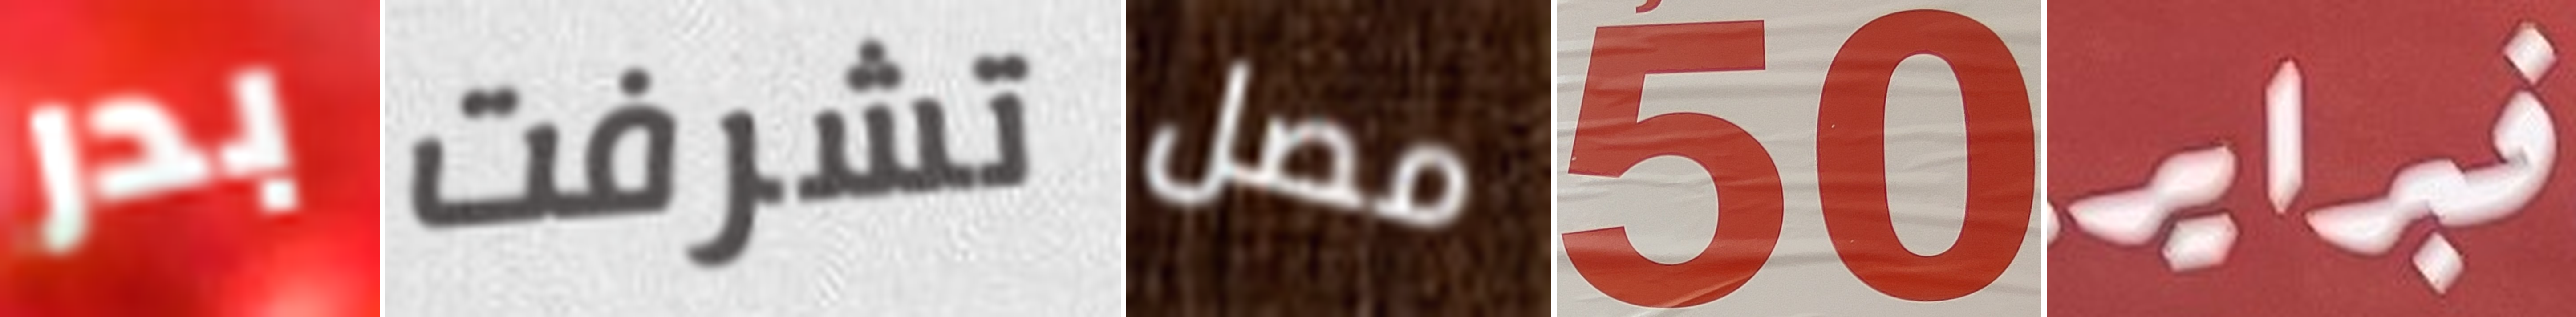
بدر تشرفت مصل 50 فبراير